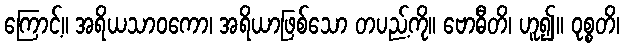
ကြောင့်။ အရိယသာဝကော၊ အရိယာဖြစ်သော တပည့်ကို။ ဗောဓီတိ၊ ဟူ၍။ ဝုစ္စတိ၊